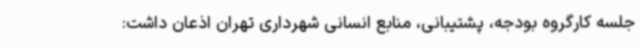
جلسه کارگروه بودجه، پشتیبانی، منابع انسانی شهرداری تهران اذعان داشت: